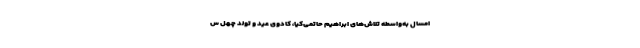
امسال به‌واسطه تلاش‌های ابراهیم حاتمی‌کیا، کادوی عید و تولد چهل س